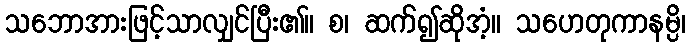
သဘောအားဖြင့်သာလျှင်ပြီး၏။ စ၊ ဆက်၍ဆိုအံ့။ သဟေတုကာနမ္ပိ၊